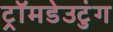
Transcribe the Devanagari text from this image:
ट्रॉमडेउटुंग